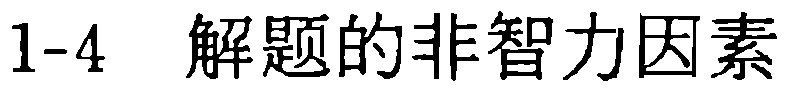
1-4  解题的非智力因素